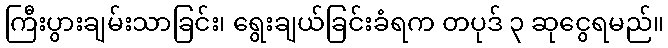
ကြီးပွားချမ်းသာခြင်း၊ ရွေးချယ်ခြင်းခံရက တပုဒ် ၃ ဆုငွေရမည်။